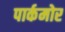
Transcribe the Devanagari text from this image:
पार्कमोर